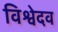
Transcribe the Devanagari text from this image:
विश्वेदव